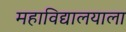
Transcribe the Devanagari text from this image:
महाविद्यालयाला